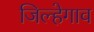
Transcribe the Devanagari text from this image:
जिल्हेगाव